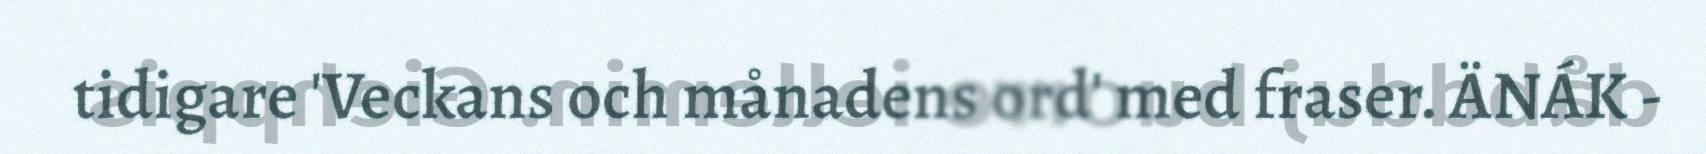
tidigare 'Veckans och månadens ord' med fraser. ÄNÁK -